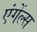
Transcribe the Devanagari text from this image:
एंगेंल्स